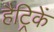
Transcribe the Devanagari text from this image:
हैट्रिकें